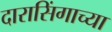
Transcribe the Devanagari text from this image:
दारासिंगाच्या